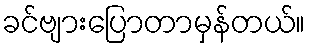
ခင်ဗျားပြောတာမှန်တယ်။